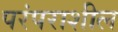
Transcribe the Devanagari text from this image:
परंपराशील